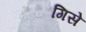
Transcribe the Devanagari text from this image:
गिसे